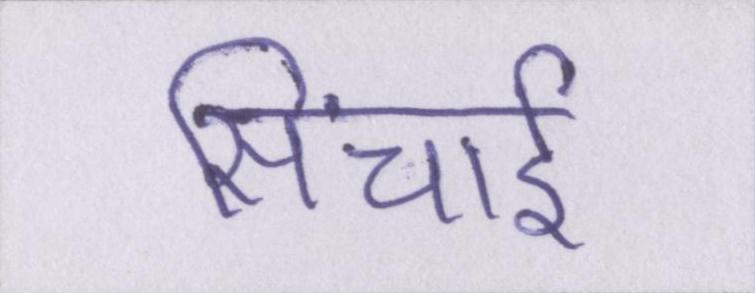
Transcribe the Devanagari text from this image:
सिंचाई